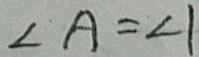
\angle A = \angle 1